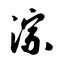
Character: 淙